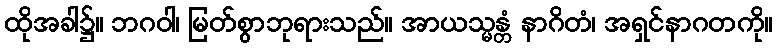
ထိုအခါ၌။ ဘဂဝါ၊ မြတ်စွာဘုရားသည်။ အာယသ္မန္တံ နာဂိတံ၊ အရှင်နာဂတကို။